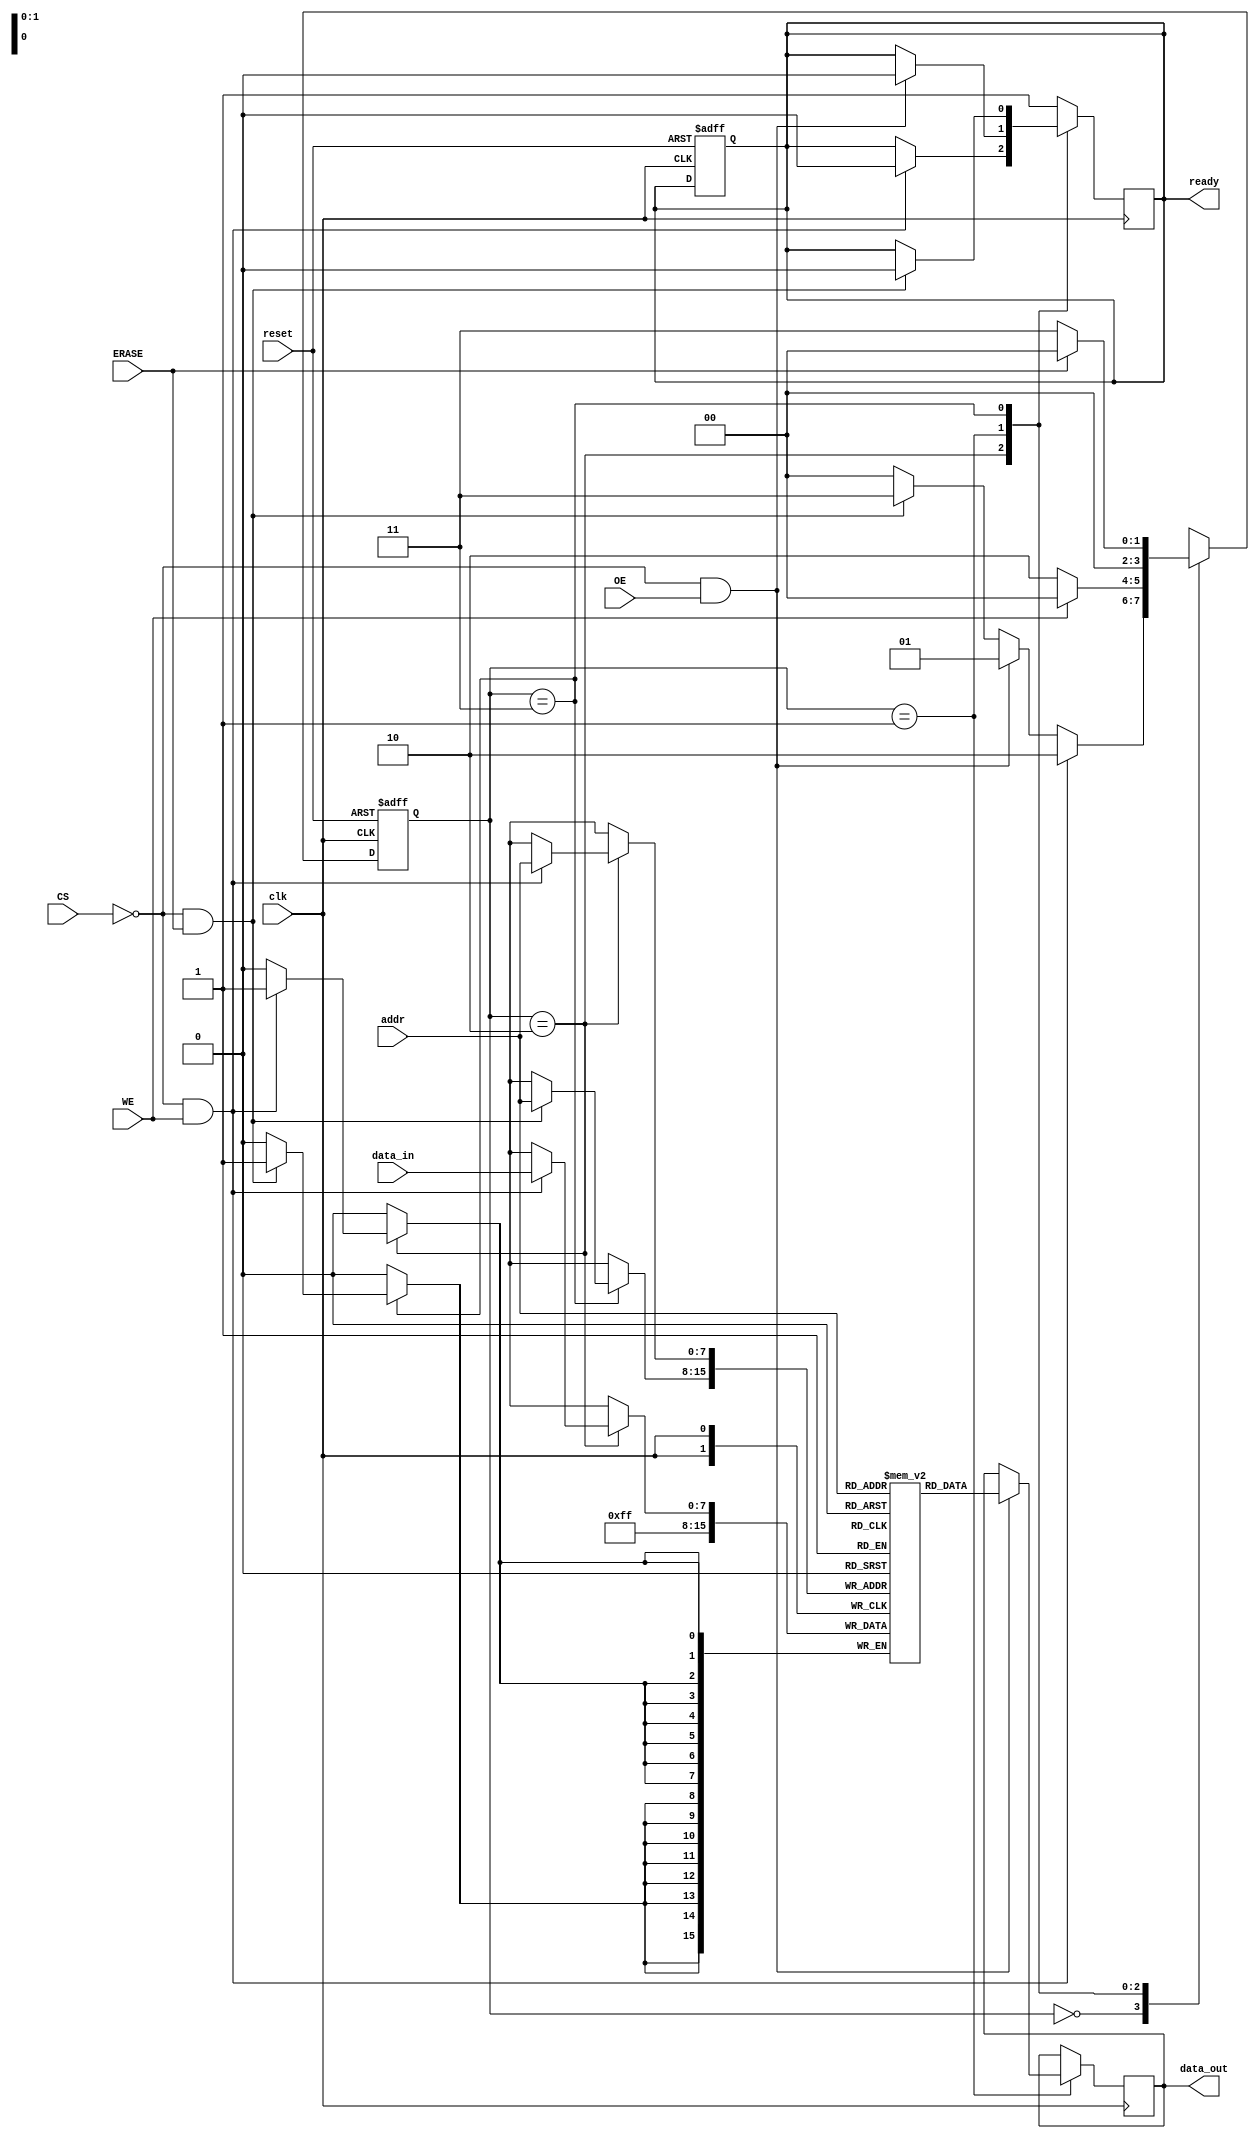
module FlashEEPROM (
    input wire clk,
    input wire reset,
    input wire CS,      // Chip Select
    input wire WE,      // Write Enable
    input wire OE,      // Output Enable
    input wire ERASE,   // Erase Signal
    input wire [7:0] addr,  // Address (8 bits for simplicity)
    input wire [7:0] data_in, // Data input (8 bits)
    output reg [7:0] data_out, // Data output (8 bits)
    output reg ready     // Ready signal to indicate operation completion
);

    // Memory array (256 x 8 bits for the sake of this example)
    reg [7:0] memory [0:255];
    reg [7:0] temp_data; // Temporary register for operations
    reg erasing; // Erase operation flag

    // State definitions
    parameter IDLE = 2'b00;
    parameter READ = 2'b01;
    parameter WRITE = 2'b10;
    parameter ERASE_OP = 2'b11;

    reg [1:0] state, next_state;

    // Initialize memory to '1' (erased state)
    integer i;
    initial begin
        for (i = 0; i < 256; i = i + 1) begin
            memory[i] = 8'hFF; // Memory initialized to '1' for erased state
        end
    end

    // State machine to control operations
    always @(posedge clk or posedge reset) begin
        if (reset) begin
            state <= IDLE;
            ready <= 1'b1; // Ready immediately after reset
        end else begin
            state <= next_state;
        end
    end

    // Next state logic
    always @(*) begin
        case (state)
            IDLE: begin
                if (!CS && WE) begin
                    next_state = WRITE; // Write operation
                end else if (!CS && OE) begin
                    next_state = READ; // Read operation
                end else if (!CS && ERASE) begin
                    next_state = ERASE_OP; // Erase operation
                end else begin
                    next_state = IDLE; // Remain in IDLE
                end
            end

            WRITE: begin
                if (WE) begin
                    next_state = IDLE; // Go back to IDLE after write
                end else begin
                    next_state = WRITE; // Hold in WRITE state if WE is still asserted
                end
            end

            READ: begin
                next_state = IDLE; // Go back to IDLE after read
            end

            ERASE_OP: begin
                if (ERASE) begin
                    next_state = IDLE; // Go back to IDLE after erase
                end else begin
                    next_state = ERASE_OP; // Hold in ERASE state if ERASE is still asserted
                end
            end

            default: next_state = IDLE; // Fallback to IDLE for safety
        endcase
    end

    // Output and memory operations
    always @(posedge clk) begin
        case (state)
            WRITE: begin
                if (!CS && WE) begin
                    memory[addr] <= data_in; // Write data to memory
                    ready <= 1'b0; // Indicate busy
                end
            end

            READ: begin
                if (!CS && OE) begin
                    data_out <= memory[addr]; // Output data from memory
                    ready <= 1'b0; // Indicate busy
                end
            end

            ERASE_OP: begin
                if (!CS && ERASE) begin
                    memory[addr] <= 8'hFF; // Erase memory at given address
                    ready <= 1'b0; // Indicate busy
                end
            end

            default: begin
                ready <= 1'b1; // Set ready if in IDLE or after operation
            end
        endcase
    end
endmodule